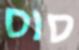
סוס